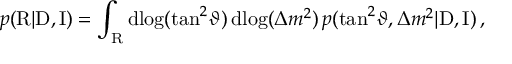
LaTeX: p ( \mathrm { R } | \mathrm { D } , \mathrm { I } ) = \int _ { \mathrm { R } } \mathrm { d } \! \log ( \tan ^ { 2 } \! \vartheta ) \, \mathrm { d } \! \log ( \Delta { m } ^ { 2 } ) \, p ( \tan ^ { 2 } \! \vartheta , \Delta { m } ^ { 2 } | \mathrm { D } , \mathrm { I } ) \, ,